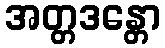
အတ္တဒန္တော